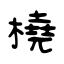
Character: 橈